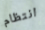
انتظام